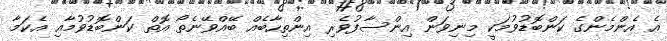
އެ އެންމެންގެ ކަންބޮޑުވުމަކީ މިނިވަން އިންސާފުވެރި އިންތިހާބެއް ބޭއްވޭނެތޯ އޮތް ކަންބޮޑުވުމާއި އެކަމާ